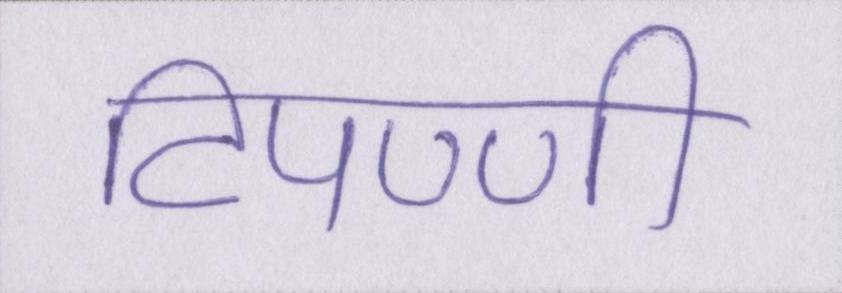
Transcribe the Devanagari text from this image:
टिपण्णी